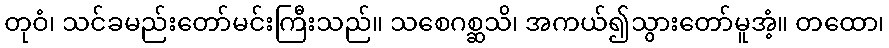
တုဝံ၊ သင်ခမည်းတော်မင်းကြီးသည်။ သစေဂစ္ဆသိ၊ အကယ်၍သွားတော်မူအံ့။ တထော၊